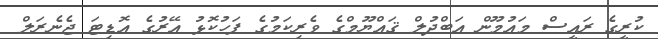
ކުރީގެ ރައީސް މައުމޫން އަބްދުލް ޤައްޔޫމްގެ ވެރިކަމުގެ ފަހުކޮޅު އޭރުގެ އޮޑިޓަ ޖެނެރަލް